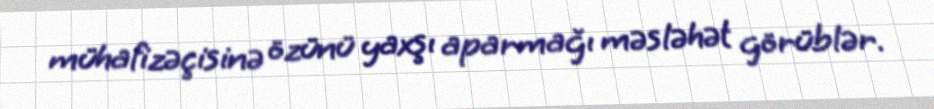
mühafizəçisinə özünü yaxşı aparmağı məsləhət görüblər.